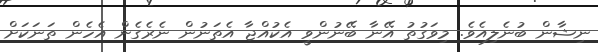
ނިޝާން ބުނެލިއެވެ. މިވަގުތު އޭނާ ބޭނުންވީ އެކުއްޖާ އެތަނުން ނެރެގެން އެހެން ތަނަކަށް